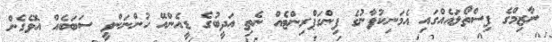
ނާޒިމްގެ ފިސްތޯލައެއްގައި އެމަނިކުފާނުގެ ފިންގަޕްރިންޓެއް ނެތި އަދީބުގެ ޑީއެންއޭ ހުންނަންވީ ސަބަބެއް އޮވެގެން